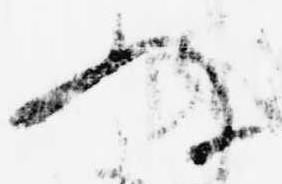
ぬ